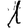
Digit: 1